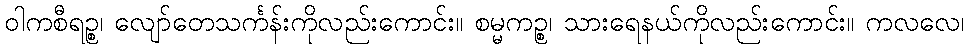
ဝါကစီရဉ္စ၊ လျော်တေသင်္ကန်းကိုလည်းကောင်း။ စမ္မကဉ္စ၊ သားရေနယ်ကိုလည်းကောင်း။ ကလလေ၊